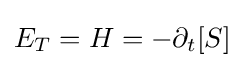
E_{T}=H=-\partial _{t}[S]